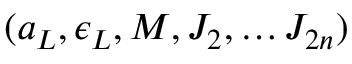
( a _ { \cal L } , \epsilon _ { \cal L } , M , J _ { 2 } , \dots J _ { 2 n } )